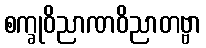
စက္ခုဝိညာဏဝိညာတဗ္ဗာ